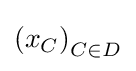
\left(x_{C}\right)_{C\in D}